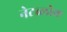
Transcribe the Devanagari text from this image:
नेटब्लोक